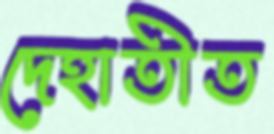
দেহাতীত